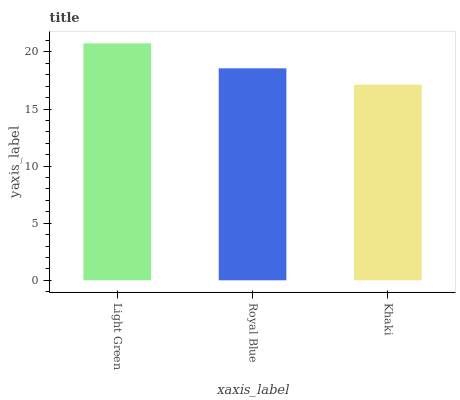
| xaxis_label | bars |
 | --- | --- |
 | Light Green | 20.8 |
 | Royal Blue | 18.6 |
 | Khaki | 17.1 |